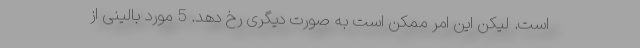
است. لیکن این امر ممکن است به صورت دیگری رخ دهد. 5 مورد بالینی از